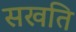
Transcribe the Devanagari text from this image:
सखति